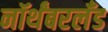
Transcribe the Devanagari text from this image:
नॉर्थंबरलँड